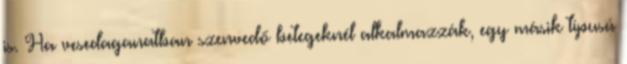
is. Ha vesedaganatban szenvedő betegeknél alkalmazzák, egy másik típusú